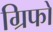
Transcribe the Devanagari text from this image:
ग्रिफो